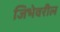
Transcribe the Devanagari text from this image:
जिभेवरील